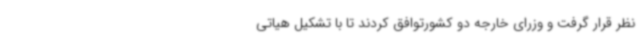
نظر قرار گرفت و وزرای خارجه دو کشورتوافق کردند تا با تشکیل هیاتی